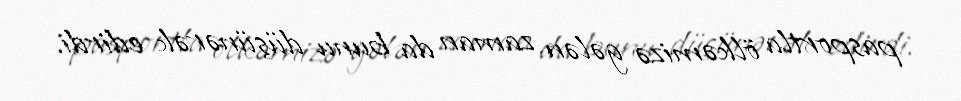
pasportla ölkəmizə gələn zaman da bunu düşünərək edirdi.